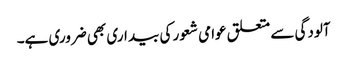
آلودگی سے متعلق عوامی شعور کی بیداری بھی ضروری ہے۔